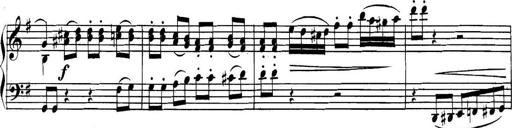
Title: Collected Piano Sonatas
Composer: Muzio Clementi